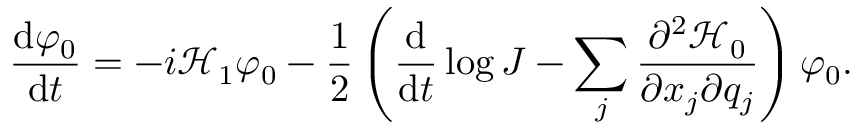
\frac { \mathrm { d } \varphi _ { 0 } } { \mathrm { d } t } = - i \mathcal { H } _ { 1 } \varphi _ { 0 } - \frac { 1 } { 2 } \left( \frac { \mathrm { d } } { \mathrm { d } t } \log { J } - \sum _ { j } \frac { \partial ^ { 2 } \mathcal { H } _ { 0 } } { \partial x _ { j } \partial q _ { j } } \right) \varphi _ { 0 } .